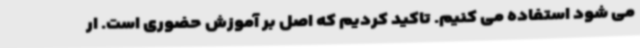
می شود استفاده می کنیم. تاکید کردیم که اصل بر آموزش حضوری است. ار